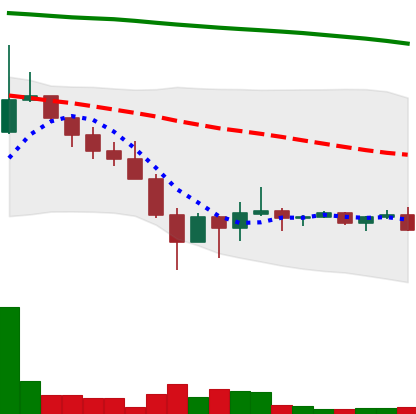
Ticker: DOGE-USD
Chart end date: 2022-02-02
Forward return: 20.653%
Label: up_7plus